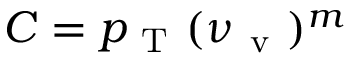
C = p _ { \mathrm { ~ T ~ } } ( \nu _ { \mathrm { ~ v ~ } } ) ^ { m }